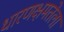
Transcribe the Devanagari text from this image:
धारणक्षमतेला